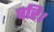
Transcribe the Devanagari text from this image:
परि।